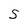
Character: S